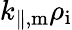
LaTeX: k_{\parallel,\mathrm{m}}\rho_{\mathrm{i}}